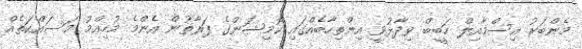
މެންބަރު އިސްމާއިލް ހަބީބް ވިދާޅުވީ އިންތިހާބެއްގައި ކޮމިޝަންގެ ފަރާތުން އެންމެ މުހިއްމު މަސައްކަތެއް